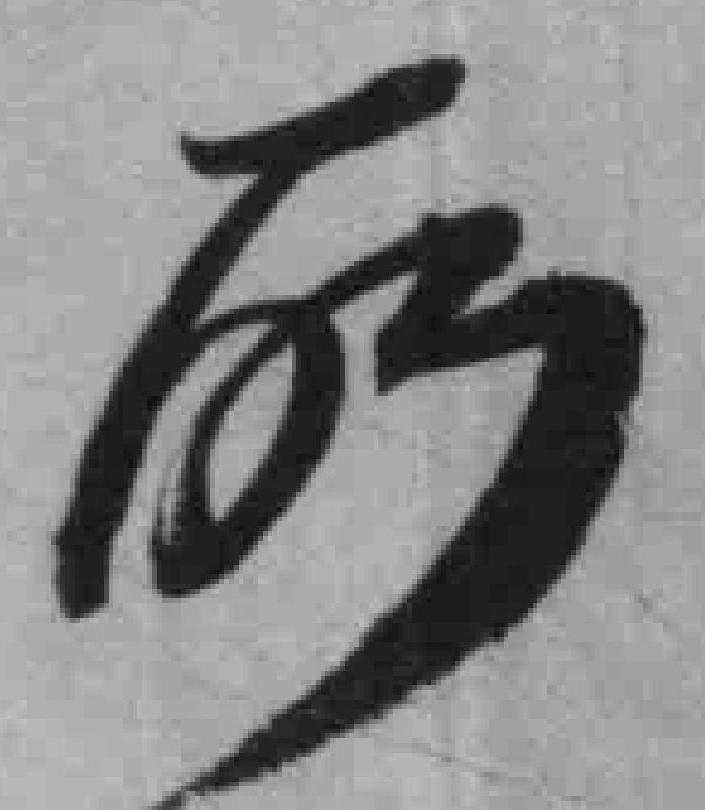
所